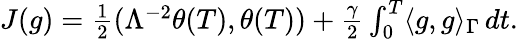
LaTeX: \begin{array}{r}{J(g)=\frac{1}{2}(\Lambda^{-2}\theta(T),\theta(T))+\frac{\gamma}{2}\int_{0}^{T}\langle g,g\rangle_{\Gamma}\, dt.}\end{array}